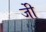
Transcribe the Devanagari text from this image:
जीे